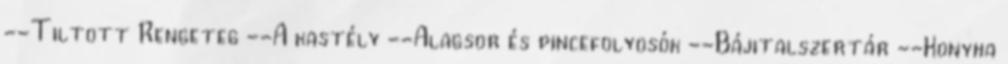
--Tiltott Rengeteg --A kastély --Alagsor és pincefolyosók --Bájitalszertár --Konyha